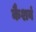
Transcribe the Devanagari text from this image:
कैशवं